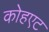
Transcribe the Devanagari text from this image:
कोहएट